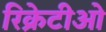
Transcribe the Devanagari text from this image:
रिक्रेटीओ